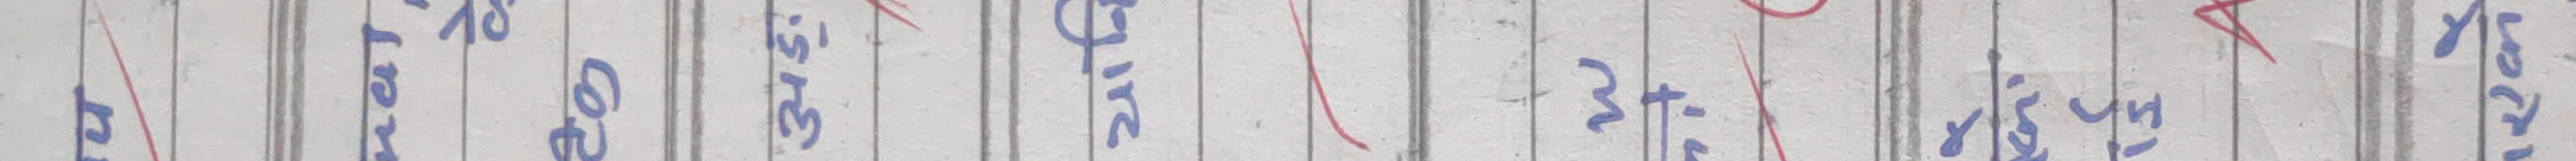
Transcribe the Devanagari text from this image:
र रे १४ १९ २० ३५ ४० ४५ ५० ६० ७० १००